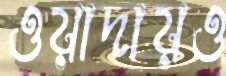
ওয়াদায়ও